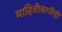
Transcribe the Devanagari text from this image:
माहितीसाठीही